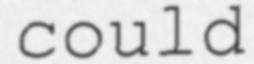
could